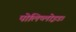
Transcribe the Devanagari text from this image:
पोलिप्लोइड।